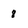
Character: 8